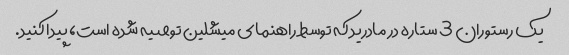
یک رستوران 3 ستاره در مادرید که توسط راهنمای میشلین توصیه شده است، پیدا کنید.